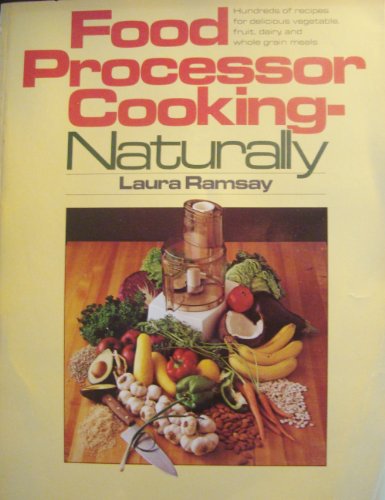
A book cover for Food Processor Ckg Naturally; Ramsey; Cookbooks, Food & Wine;